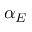
\alpha _ { E }